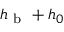
h _ { \mathrm { ~ b ~ } } + h _ { 0 }